Preliminary report on a parasite found in persons suffering from enlargement of the spleen in India - Number 8
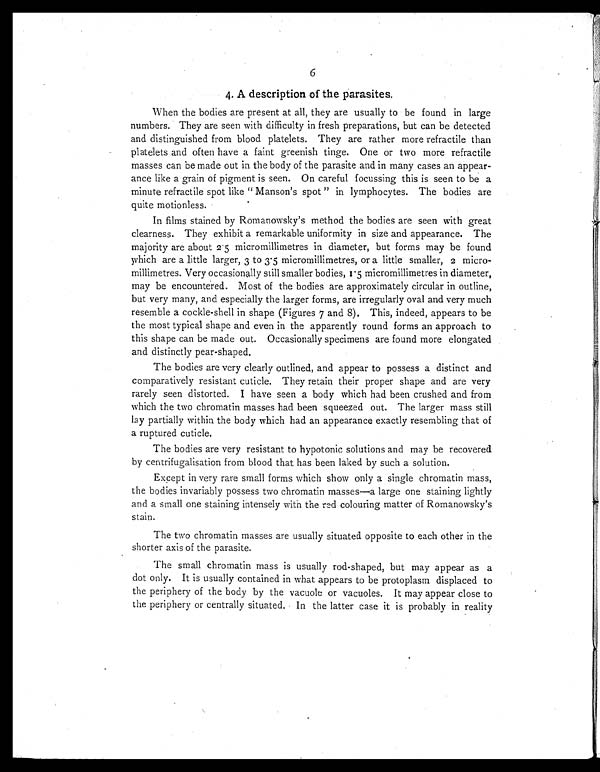
6
4. A description of the parasites.
When the bodies are present at all, they are usually to be found in large
numbers. They are seen with difficulty in fresh preparations, but can be detected
and distinguished from blood platelets. They are rather more refractile than
platelets and often have a faint greenish tinge. One or two more refractile
masses can be made out in the body of the parasite and in many cases an appear-
ance like a grain of pigment is seen. On careful focussing this is seen to be a
minute refractile spot like " Manson's spot " in lymphocytes. The bodies are
quite motionless.
In films stained by Romanowsky's method the bodies are seen with great
clearness. They exhibit a remarkable uniformity in size and appearance. The
majority are about 2.5 micromillimetres in diameter, but forms may be found
which are a little larger, 3 to 3.5 micromillimetres, or a little smaller, 2 micro-
millimetres. Very occasionally still smaller bodies, 1.5 micromillimetres in diameter,
may be encountered. Most of the bodies are approximately circular in outline,
but very many, and especially the larger forms, are irregularly oval and very much
resemble a cockle-shell in shape (Figures 7 and 8). This, indeed, appears to be
the most typical shape and even in the apparently round forms an approach to
this shape can be made out. Occasionally specimens are found more elongated
and distinctly pear-shaped.
The bodies are very clearly outlined, and appear to possess a distinct and
comparatively resistant cuticle. They retain their proper shape and are very
rarely seen distorted. I have seen a body which had been crushed and from
which the two chromatin masses had been squeezed out. The larger mass still
lay partially within the body which had an appearance exactly resembling that of
a ruptured cuticle.
The bodies are very resistant to hypotonic solutions and may be recovered
by centrifugalisation from blood that has been laked by such a solution.
Except in very rare small forms which show only a single chromatin mass,
the bodies invariably possess two chromatin masses—a large one staining lightly
and a small one staining intensely with the red colouring matter of Romanowsky's
stain.
The two chromatin masses are usually situated opposite to each other in the
shorter axis of the parasite.
The small chromatin mass is usually rod-shaped, but may appear as a
dot only. It is usually contained in what appears to be protoplasm displaced to
the periphery of the body by the vacuole or vacuoles. It may appear close to
the periphery or centrally situated. In the latter case it is probably in reality